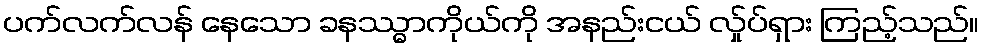
ပက်လက်လန် နေသော ခနဿ္ဓာကိုယ်ကို အနည်းငယ် လ်ှုပ်ရှား ကြည့်သည်။